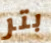
بتر